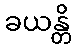
ခယန္တိ